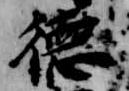
徳